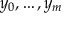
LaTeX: y _ { 0 } , \ldots , y _ { m } \,